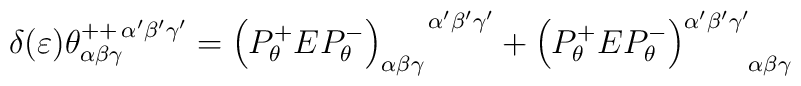
\delta (\varepsilon )\theta _{\alpha\beta\gamma}^{++\,\alpha'\beta'\gamma'}=\left( P_{\theta}^{+}EP_{\theta }^{-}\right) _{\alpha\beta\gamma}^{\,\,\,\,\,\,\,\,\,\,\,\,\alpha'\beta'\gamma'}+\left(P_{\theta }^{+}EP_{\theta }^{-}\right) _{\,\,\,\,\,\,\,\,\quad\alpha\beta\gamma }^{\alpha'\beta'\gamma'}